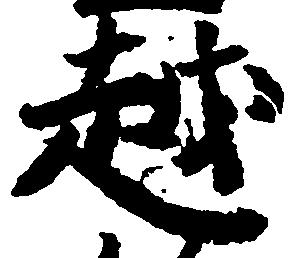
越